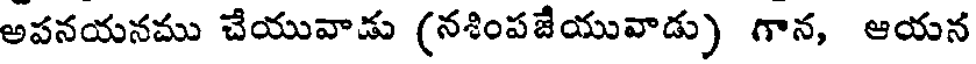
అపనయనము చేయువాడు (నశింపజేయువాడు) గాన, ఆయన